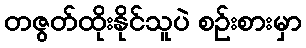
တဇွတ်ထိုးနိုင်သူပဲ စဉ်းစားမှာ